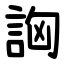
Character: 詾